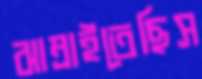
ঝাম্‌রাইতেছিস